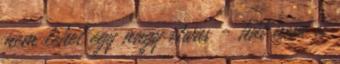
nem lehet egy nagy etwas - hát nem is